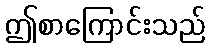
ဤစာကြောင်းသည်